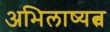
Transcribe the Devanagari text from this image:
अभिलाष्यत्व